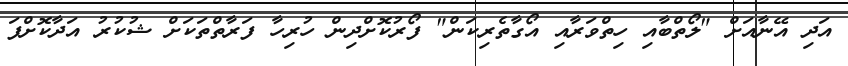
އަދި އޭނާއަށް "ލޯތްބާއި ހިތްވަރާއި އޯގާތެރިކަން" ފޯރުކޮށްދިން ހުރިހާ ފަރާތްތަކަށް ޝުކުރު އަދާކޮށްފަ